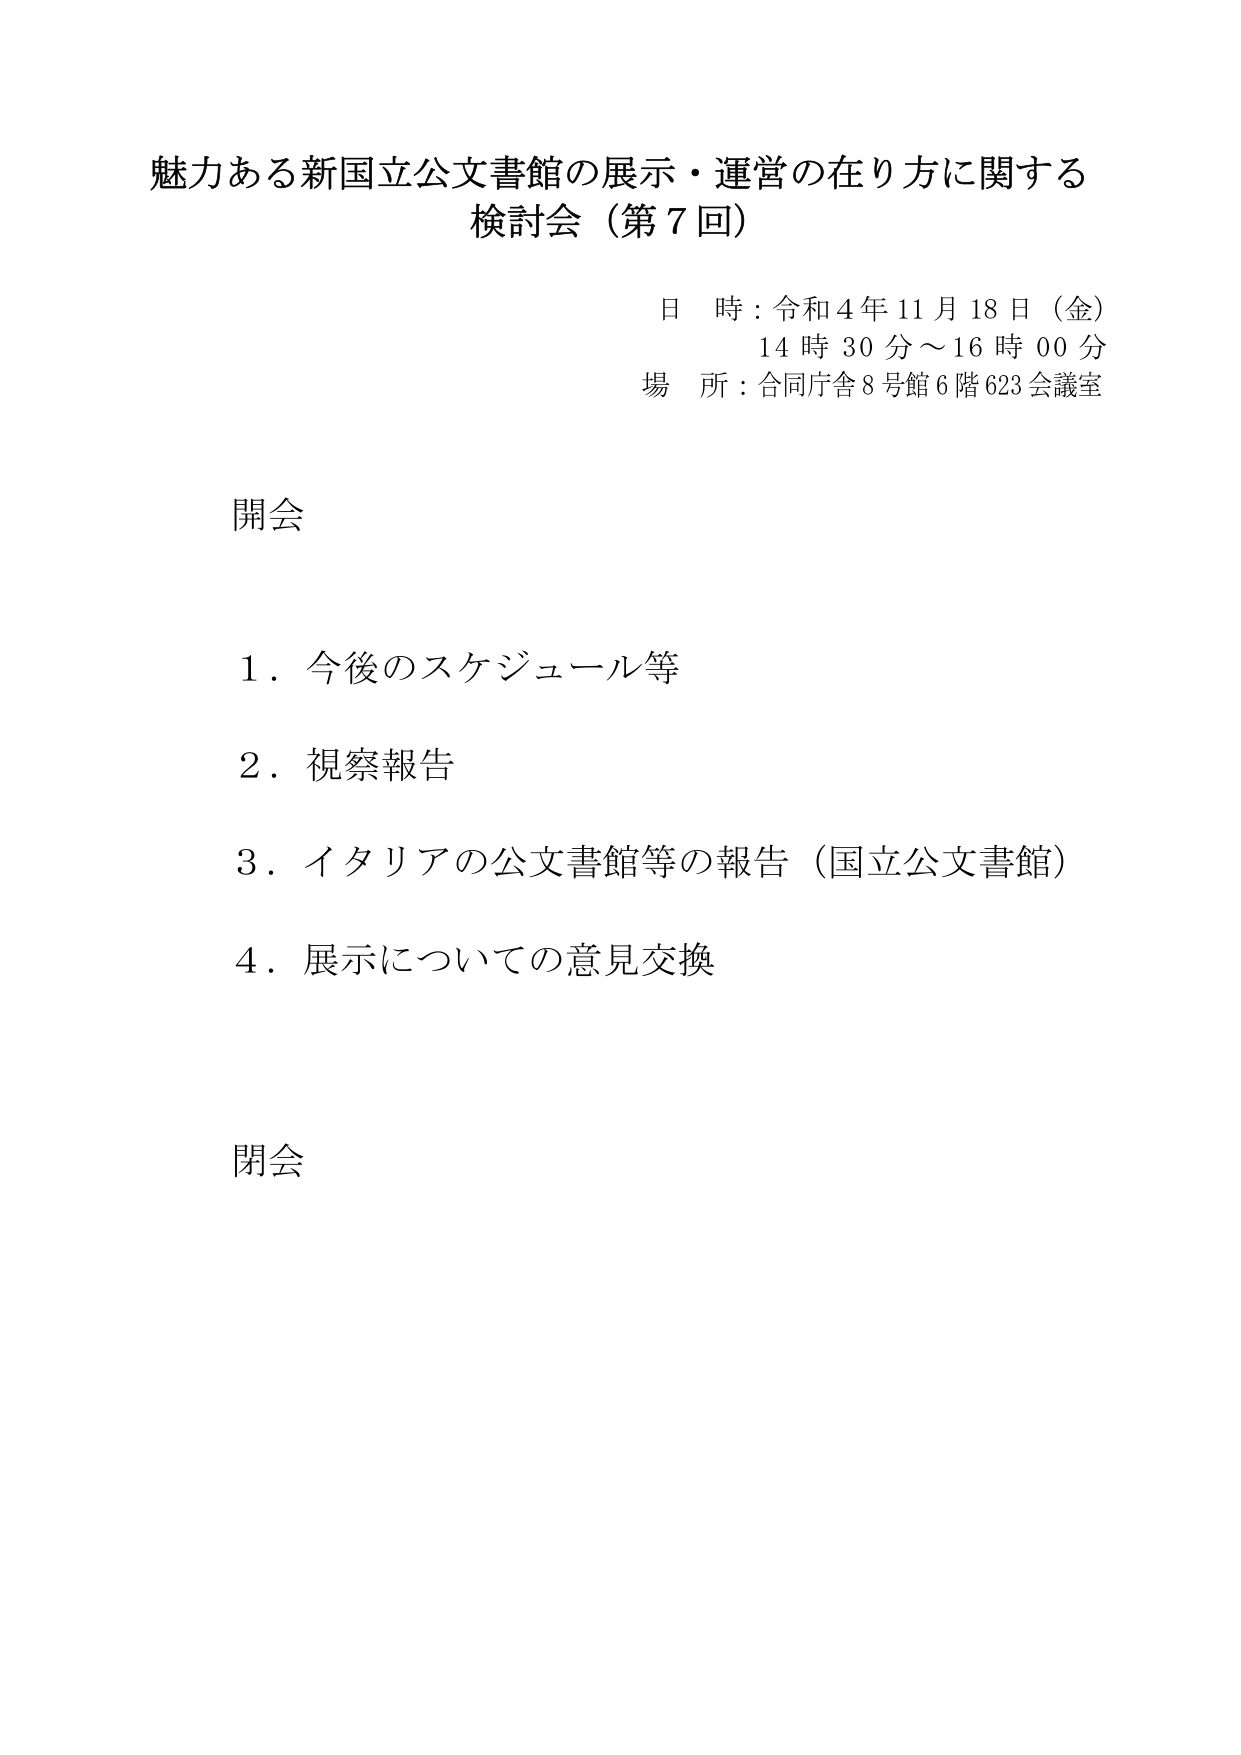
魅力ある新国立公文書館の展示・運営の在り方に関する
検討会（第７回）

日 時：令和４年１１月１８日（金）
　　　１４時３０分～１６時００分
場 所：合同庁舎８号館６階６２３会議室

開会

１．今後のスケジュール等
２．視察報告
３．イタリアの公文書館等の報告（国立公文書館）
４．展示についての意見交換

閉会